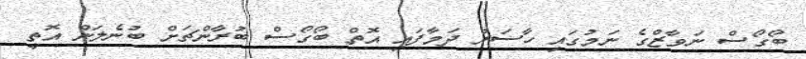
ބޯގޯސް ނަވާޒްގެ ނަމުގައި ހާސަރު ދަމާފައި އޮތް ބޯގޯސް ބުރާންޗަށް ބުނެލަން އޮތީ